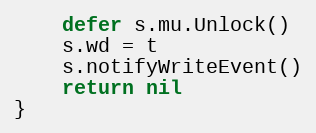
Language: Go
	defer s.mu.Unlock()
	s.wd = t
	s.notifyWriteEvent()
	return nil
}